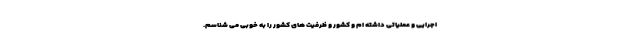
اجرایی و عملیاتی داشته ام و کشور و ظرفیت های کشور را به خوبی می شناسم.